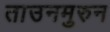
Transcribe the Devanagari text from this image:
ताउनमुरुन